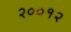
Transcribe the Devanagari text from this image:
२००१२